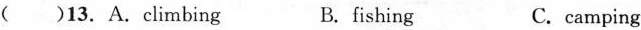
()13. A.climbing B.fishing C.camping